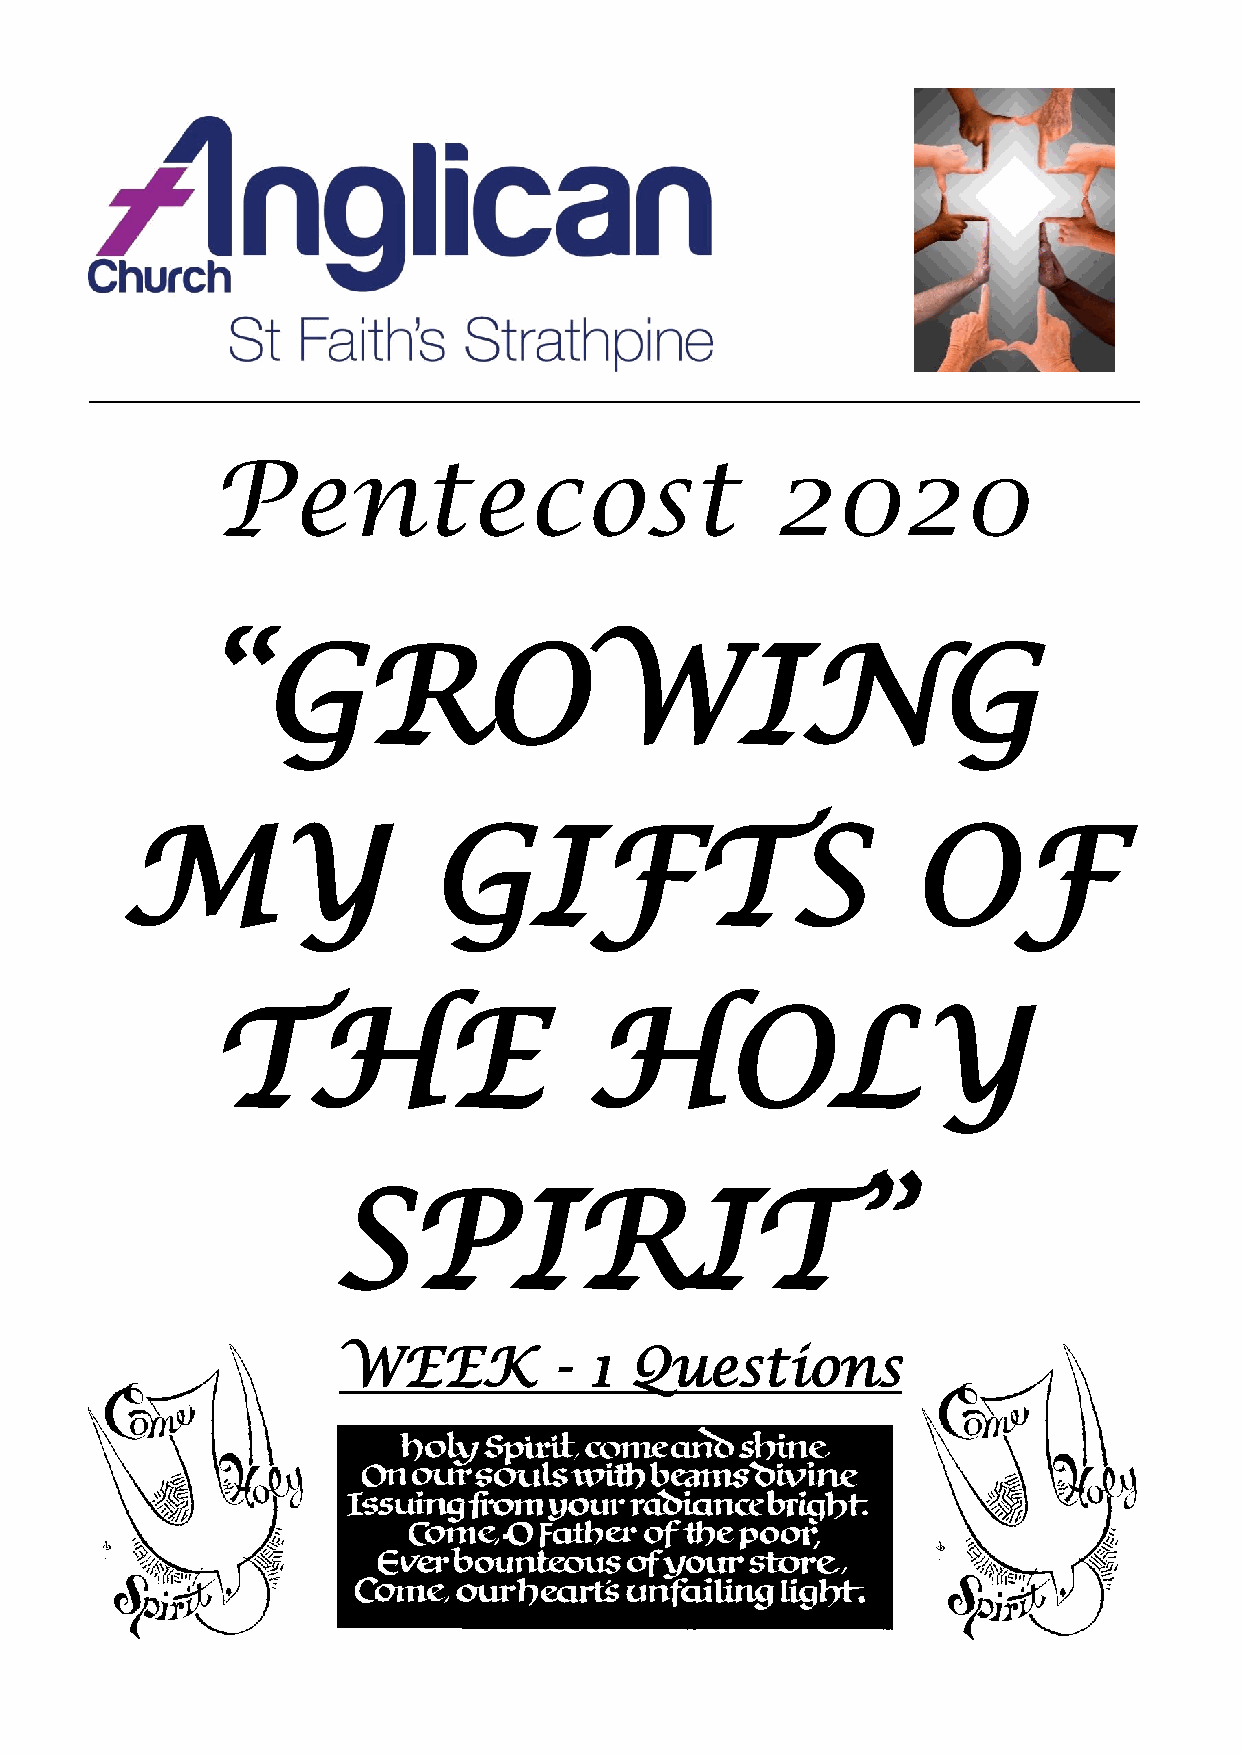
____________________________________________________________________________________
 Pentecost                            2020
 “GROWING
 MY                  GIFTS                           OF
 THE                      HOLY
 SPIRIT”
 WEEK           - 1  Questions